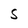
Character: S